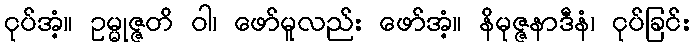
ငုပ်အံ့။ ဥမ္မုဇ္ဇတိ ဝါ၊ ဖော်မူလည်း ဖော်အံ့။ နိမုဇ္ဇနာဒီနံ၊ ငုပ်ခြင်း